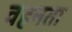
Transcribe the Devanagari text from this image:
वहनता